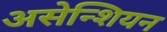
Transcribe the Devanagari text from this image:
असेन्शियन